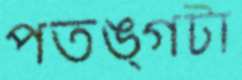
পতঙ্গটা